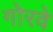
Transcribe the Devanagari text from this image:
गोरवे